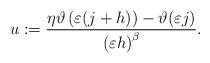
LaTeX: \begin{align*}u:=\frac{\eta\vartheta\left(\varepsilon(j+h)\right) - \vartheta (\varepsilon j)}{\left(\varepsilon h\right)^{\beta}}.\end{align*}